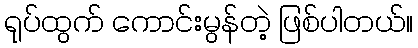
ရုပ်ထွက် ကောင်းမွန်တဲ့ ဖြစ်ပါတယ်။